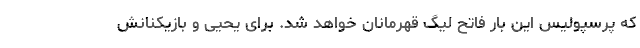
که پرسپولیس این بار فاتح لیگ قهرمانان خواهد شد. برای یحیی و بازیکنانش